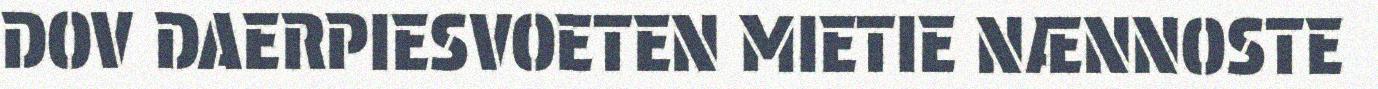
DOV DAERPIESVOETEN MIETIE NÆNNOSTE